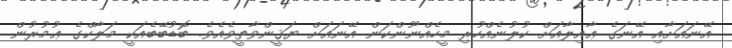
އޭނައަށާއި އޭނަގެ ޢާއިލާއަށް ކުލުނެއްހުރި މީހެއްނޫންކަން އޭނައަށް ޔަޤީންވާތީވެއެވެ. ބޮޑުބޭބެއަކީ މަލާކްގެ ޢުމުރުން